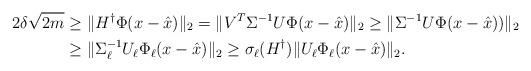
LaTeX: \begin{align*} 2 \delta \sqrt {2m}& \geq \|H^\dagger \Phi (x-\hat x)\|_2 = \|V^T \Sigma^{-1} U\Phi (x-\hat x)\|_2\geq \|\Sigma^{-1} U\Phi (x-\hat x))\|_2 \\ &\geq \|\Sigma^{-1}_\ell U_\ell \Phi_\ell (x-\hat x)\|_2 \geq \sigma_\ell(H^\dagger) \| U_\ell \Phi_\ell (x-\hat x)\|_2 .\end{align*}